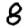
Digit: 8